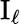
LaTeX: \mathrm{I}_{\ell}